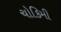
ચોકિમી